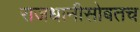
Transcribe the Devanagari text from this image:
राजधानीसोबतच